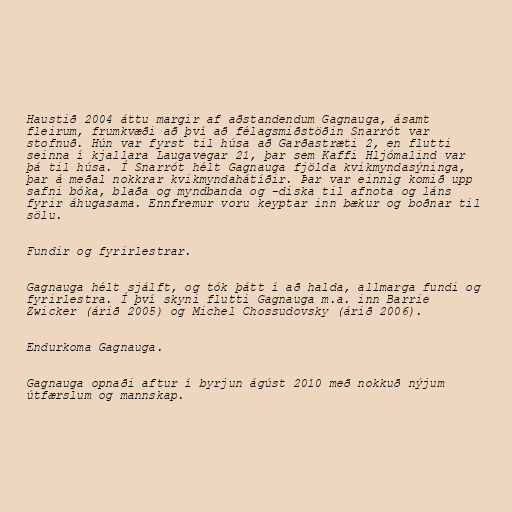
Haustið 2004 áttu margir af aðstandendum Gagnauga, ásamt
fleirum, frumkvæði að því að félagsmiðstöðin Snarrót var
stofnuð. Hún var fyrst til húsa að Garðastræti 2, en flutti
seinna í kjallara Laugavegar 21, þar sem Kaffi Hljómalind var
þá til húsa. Í Snarrót hélt Gagnauga fjölda kvikmyndasýninga,
þar á meðal nokkrar kvikmyndahátíðir. Þar var einnig komið upp
safni bóka, blaða og myndbanda og -diska til afnota og láns
fyrir áhugasama. Ennfremur voru keyptar inn bækur og boðnar til
sölu.

Fundir og fyrirlestrar.

Gagnauga hélt sjálft, og tók þátt í að halda, allmarga fundi og
fyrirlestra. Í því skyni flutti Gagnauga m.a. inn Barrie
Zwicker (árið 2005) og Michel Chossudovsky (árið 2006).

Endurkoma Gagnauga.

Gagnauga opnaði aftur í byrjun ágúst 2010 með nokkuð nýjum
útfærslum og mannskap.